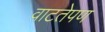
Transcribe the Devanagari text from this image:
वाटतेपण